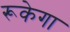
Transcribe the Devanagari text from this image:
रूकेगा